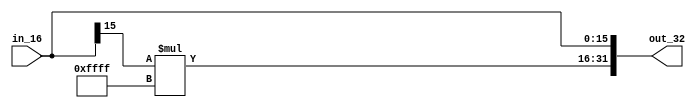
`timescale 1ns / 1ps
//////////////////////////////////////////////////////////////////////////////////
// Company: 
// Engineer: 
// 
// Design Name: 
// Module Name:    SE 
// Project Name: 
// Target Devices: 
// Tool versions: 
// Description: 
//
// Dependencies: 
//
// Revision: 
// Revision 0.01 - File Created
// Additional Comments: 
//
//////////////////////////////////////////////////////////////////////////////////
module Sign_Extension(out_32, in_16);

input [15:0] in_16;
output [31:0] out_32;

assign out_32 = {{in_16[15]*16'b1111111111111111}, in_16};

endmodule